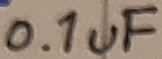
Text: 0.1uF